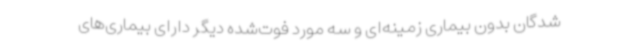
‌شدگان بدون بیماری زمینه‌ای و سه مورد فوت‌شده دیگر دارای بیماری‌های